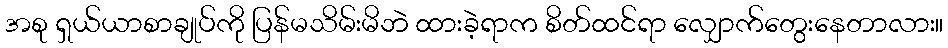
အစု ရှယ်ယာစာချုပ်ကို ပြန်မသိမ်းမိဘဲ ထားခဲ့ရာက စိတ်ထင်ရာ လျှောက်တွေးနေတာလား။